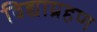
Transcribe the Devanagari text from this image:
विद्याग्रहण